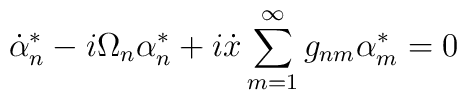
\dot{\alpha}^*_n - i \Omega_n \alpha^*_n + i \dot{x}\sum^\infty_{m=1} g_{nm} \alpha^*_m = 0